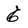
Character: G